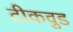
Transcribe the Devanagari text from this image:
टीकवुड